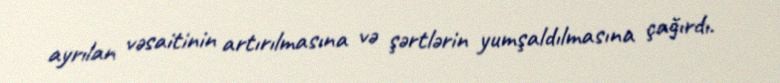
ayrılan vəsaitinin artırılmasına və şərtlərin yumşaldılmasına çağırdı.